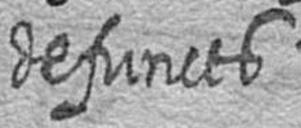
defuncts